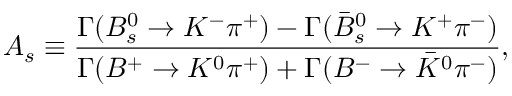
A _ { s } \equiv \frac { \Gamma ( B _ { s } ^ { 0 } \to K ^ { - } \pi ^ { + } ) - \Gamma ( \bar { B } _ { s } ^ { 0 } \to K ^ { + } \pi ^ { - } ) } { \Gamma ( B ^ { + } \to K ^ { 0 } \pi ^ { + } ) + \Gamma ( B ^ { - } \to \bar { K } ^ { 0 } \pi ^ { - } ) } ,